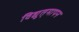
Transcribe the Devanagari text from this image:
विद्युत्‌मापन